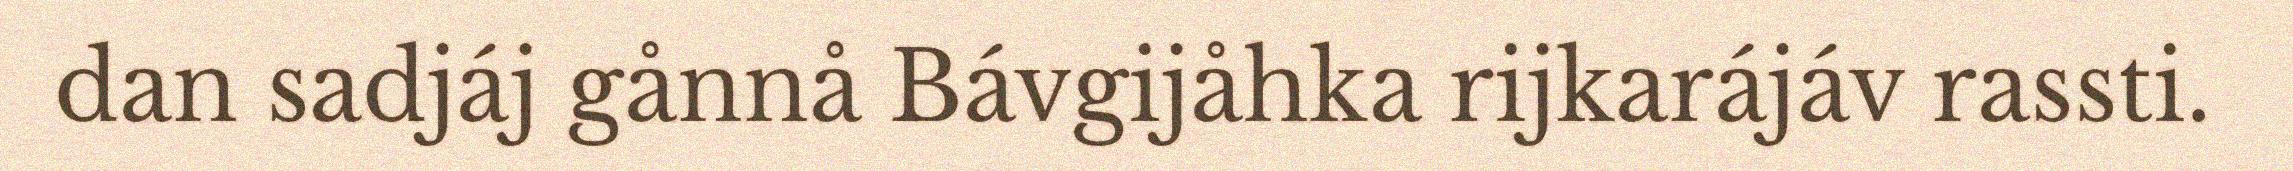
dan sadjáj gånnå Bávgijåhka rijkarájáv rassti.